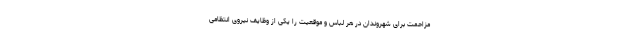
مزاحمت برای شهروندان در هر لباس و موقعیت را یکی از وظایف نیروی انتظامی